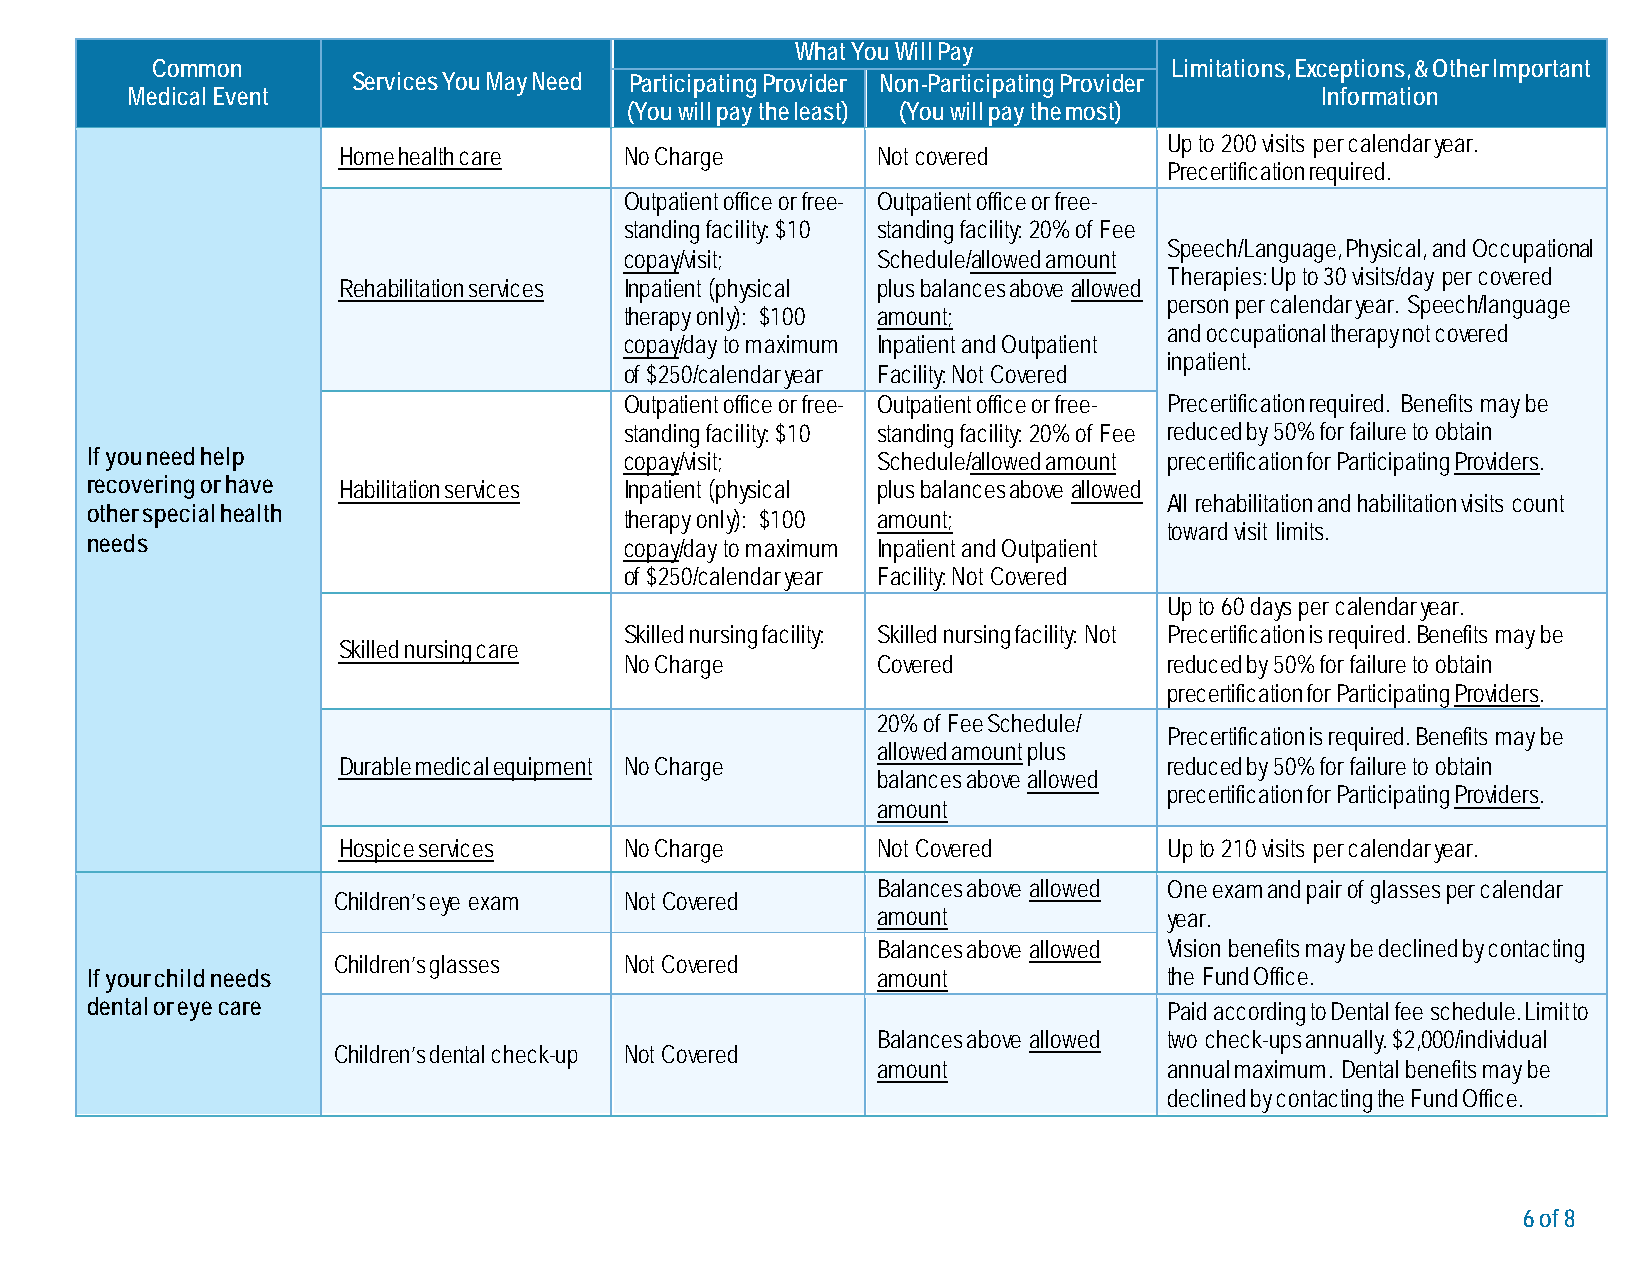
What You Will Pay
 Common                                                             Limitations, Exceptions, & Other Important
 Services You May Need Participating Provider Non-Participating Provider
 Medical Event                                                                  Information
 (You will pay the least) (You will pay the most)
 Up to 200 visits per calendar year.
 Home health care   No Charge        Not covered
 Precertification required.
 Outpatient office or free- Outpatient office or free-
 standing facility: $10 standing facility: 20% of Fee
 Speech/Language, Physical, and Occupational
 copay/visit;     Schedule/allowed amount
 Therapies: Up to 30 visits/day per covered
 Rehabilitation services Inpatient (physical plus balances above allowed
 person per calendar year. Speech/language
 therapy only): $100 amount;
 and occupational therapy not covered
 copay/day to maximum Inpatient and Outpatient
 inpatient.
 of $250/calendar year Facility: Not Covered
 Outpatient office or free- Outpatient office or free- Precertification required. Benefits may be
 standing facility: $10 standing facility: 20% of Fee reduced by 50% for failure to obtain
 If you need help                   copay/visit;     Schedule/allowed amount precertification for Participating Providers.
 recovering or have Habilitation services Inpatient (physical plus balances above allowed
 All rehabilitation and habilitation visits count
 other special health
 therapy only): $100 amount;
 toward visit limits.
 needs                              copay/day to maximum Inpatient and Outpatient
 of $250/calendar year Facility: Not Covered
 Up to 60 days per calendar year.
 Skilled nursing facility: Skilled nursing facility: Not Precertification is required. Benefits may be
 Skilled nursing care
 No Charge        Covered            reduced by 50% for failure to obtain
 precertification for Participating Providers.
 20% of Fee Schedule/
 Precertification is required. Benefits may be
 allowed amount plus
 Durable medical equipment No Charge                    reduced by 50% for failure to obtain
 balances above allowed
 precertification for Participating Providers.
 amount
 Hospice services   No Charge        Not Covered        Up to 210 visits per calendar year.
 Balances above allowed One exam and pair of glasses per calendar
 Children’s eye exam Not Covered
 amount             year.
 Balances above allowed Vision benefits may be declined by contacting
 Children’s glasses Not Covered
 If your child needs                                 amount             the Fund Office.
 dental or eye care                                                     Paid according to Dental fee schedule. Limit to
 Balances above allowed two check-ups annually. $2,000/individual
 Children’s dental check-up Not Covered
 amount             annual maximum. Dental benefits may be
 declined by contacting the Fund Office.
 6 of 8